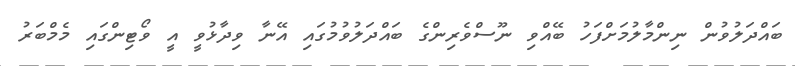
ބައްދަލުވުން ނިންމާލުމަށްފަހު ބޭއްވި ނޫސްވެރިންގެ ބައްދަލުވުމުގައި އޭނާ ވިދާޅުވީ އީ ވޯޓިންގައި މެމްބަރު